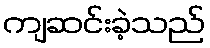
ကျဆင်းခဲ့သည်